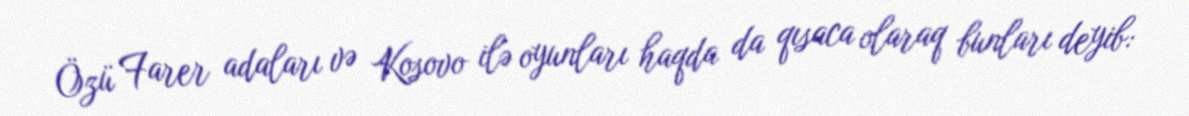
Özü Farer adaları və Kosovo ilə oyunları haqda da qısaca olaraq bunları deyib: